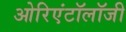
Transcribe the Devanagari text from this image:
ओरिएंटॉलॉजी